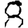
Digit: 8